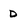
Character: D